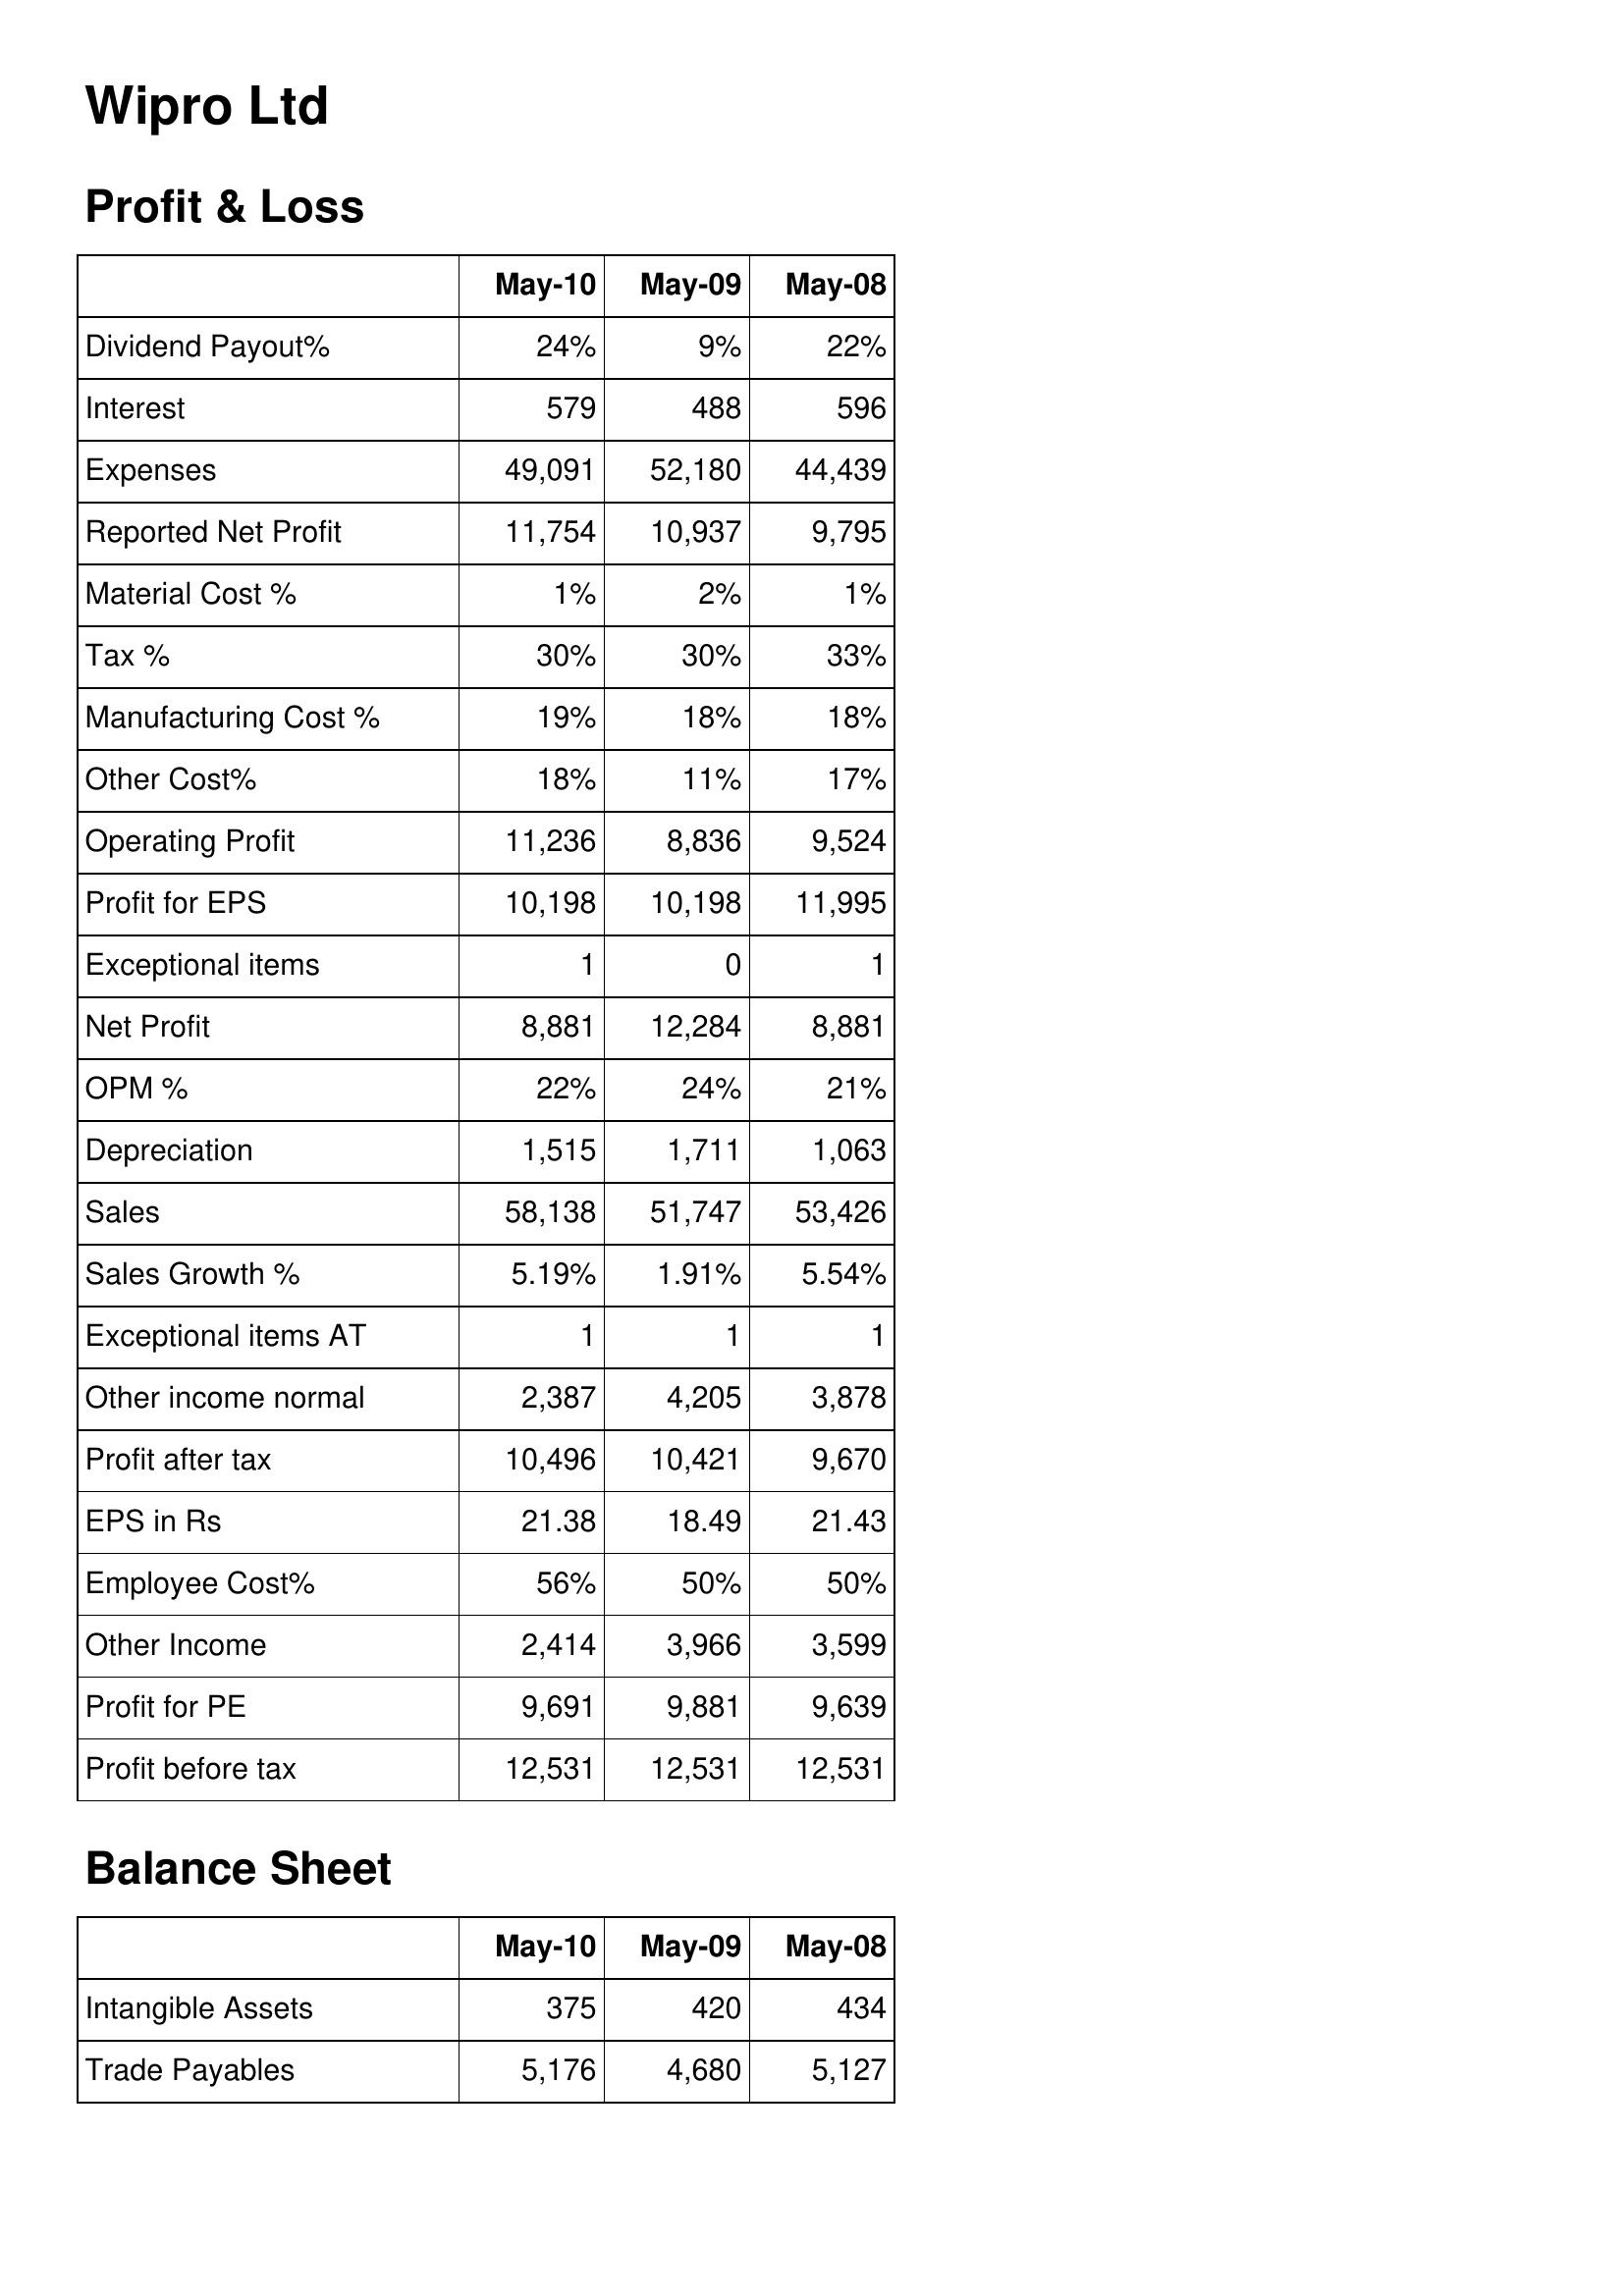
May-10: Profit & Loss: Dividend Payout%: 24%
Interest: 579
Expenses: 49,091
Reported Net Profit: 11,754
Material Cost %: 1%
Tax %: 30%
Manufacturing Cost %: 19%
Other Cost%: 18%
Operating Profit: 11,236
Profit for EPS: 10,198
Exceptional items: 1
Net Profit: 8,881
OPM %: 22%
Depreciation: 1,515
Sales: 58,138
Sales Growth %: 5.19%
Exceptional items AT: 1
Other income normal: 2,387
Profit after tax: 10,496
EPS in Rs: 21.38
Employee Cost%: 56%
Other Income: 2,414
Profit for PE: 9,691
Profit before tax: 12,531
Balance Sheet: Intangible Assets: 375
Trade Payables: 5,176
May-09: Profit & Loss: Dividend Payout%: 9%
Interest: 488
Expenses: 52,180
Reported Net Profit: 10,937
Material Cost %: 2%
Tax %: 30%
Manufacturing Cost %: 18%
Other Cost%: 11%
Operating Profit: 8,836
Profit for EPS: 10,198
Exceptional items: 0
Net Profit: 12,284
OPM %: 24%
Depreciation: 1,711
Sales: 51,747
Sales Growth %: 1.91%
Exceptional items AT: 1
Other income normal: 4,205
Profit after tax: 10,421
EPS in Rs: 18.49
Employee Cost%: 50%
Other Income: 3,966
Profit for PE: 9,881
Profit before tax: 12,531
Balance Sheet: Intangible Assets: 420
Trade Payables: 4,680
May-08: Profit & Loss: Dividend Payout%: 22%
Interest: 596
Expenses: 44,439
Reported Net Profit: 9,795
Material Cost %: 1%
Tax %: 33%
Manufacturing Cost %: 18%
Other Cost%: 17%
Operating Profit: 9,524
Profit for EPS: 11,995
Exceptional items: 1
Net Profit: 8,881
OPM %: 21%
Depreciation: 1,063
Sales: 53,426
Sales Growth %: 5.54%
Exceptional items AT: 1
Other income normal: 3,878
Profit after tax: 9,670
EPS in Rs: 21.43
Employee Cost%: 50%
Other Income: 3,599
Profit for PE: 9,639
Profit before tax: 12,531
Balance Sheet: Intangible Assets: 434
Trade Payables: 5,127